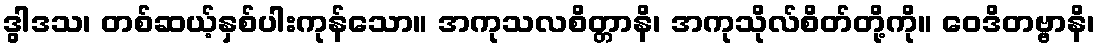
ဒွါဒသ၊ တစ်ဆယ့်နှစ်ပါးကုန်သော။ အကုသလစိတ္တာနိ၊ အကုသိုလ်စိတ်တို့ကို။ ဝေဒိတဗ္ဗာနိ၊